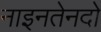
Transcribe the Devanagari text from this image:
नाइनतेनदो